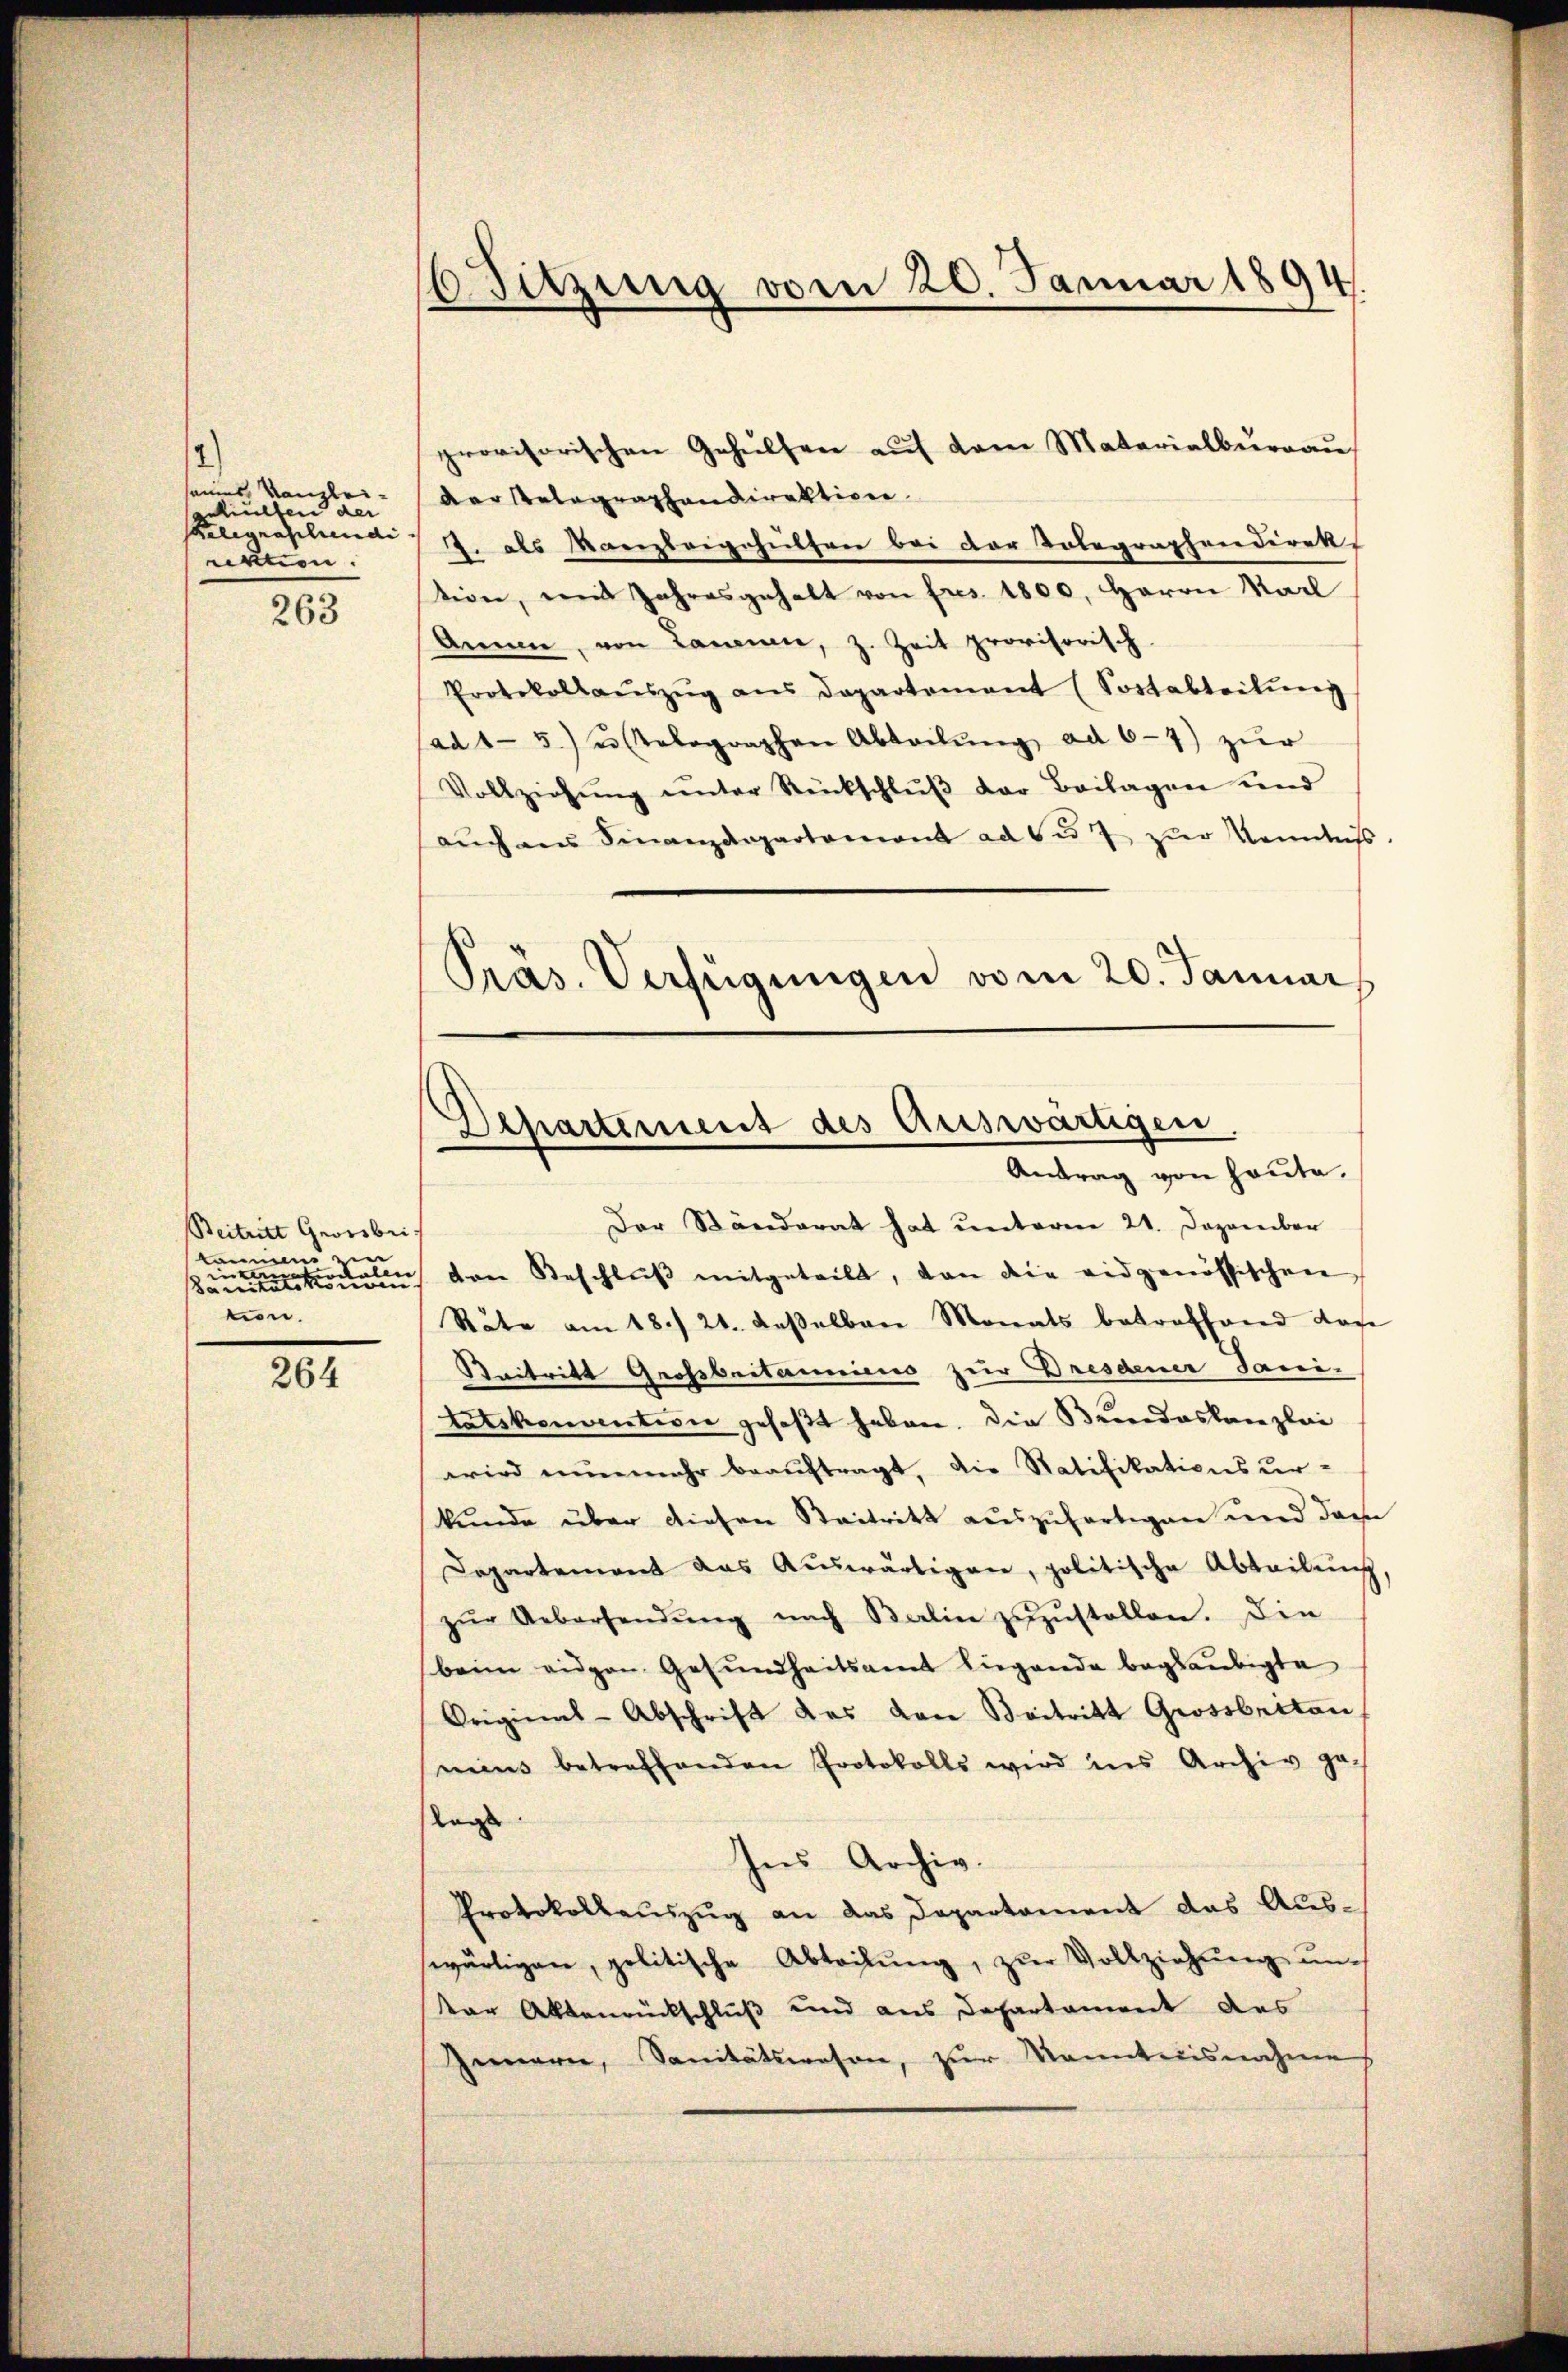
2
säumt, Kanzlei-
gehielten der
Kalignaplundi
nenen.

263

Beitritt Georsbri
kammen in
ale

n
u
sanitätskon
tion.

264

Sitzung vom 20. Januar 1894.

provisorischen Gehülfen auf dem Materialburgau
der Relegraphendirektione
4. als Kanzleigehülfen bei der Tolographendirek
tion, mit Jahresgehalt von Frs. 1800. Herrn Marl
Anna, von Landen, z. Zeit provisorisch-
Protokollaŭszŭg ans Departement (Sortabteilŭng
ad 15) u. stelegraphen Abteilŭng ad 6-7) zŭr
Vollziehŭng ŭnter Rückschlŭβ der Beilagen und
aŭch am Finanzdepartement ad 6 u. 7 zŭr Kenntniss.
Präs. Verfügungen vom 20. Januar

Departement des Auswärtigen
Antrag von heute.

Der Ständerat hat unterm 21. Dezember
den Beschlŭβ mitgeteilt, dan die eidgenössischen
Räte am 18. 21. deßelben Monats betroffend das
Beitritt Großbritanniens zur Dresdener Jani-
tatskonvention gefaßt haben. Die Beendeskanzlei
wird nunmehr beaŭftragt, die Ratifikationsur-
kunde über diesen Saitritt auszufertigen und das
Departement das Aŭswärtigen, politische Abteilŭng,
zŭr Uebersendŭng nach Balin zŭzŭstellen. Die
beim eidgen. Gesundheitsamt Liegende beglaubigte
Original-Abschrift des von Beitritt Grossbritan
neins betreffenden Protokolls wird ins Archiv ga-
lagt
Ins Archiv.
Protokollauszug an das Departement das Auswärtigen, politische Abteilŭng, zŭr Vollziehŭng ŭn-
Vor Aktenrückschluß und aus Departament des
Gemari, Sanitätswesen, zur Manntnisnahme